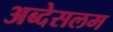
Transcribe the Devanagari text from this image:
अब्देसलम